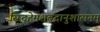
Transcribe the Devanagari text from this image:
सिद्धहेमशबदानुशासनम्